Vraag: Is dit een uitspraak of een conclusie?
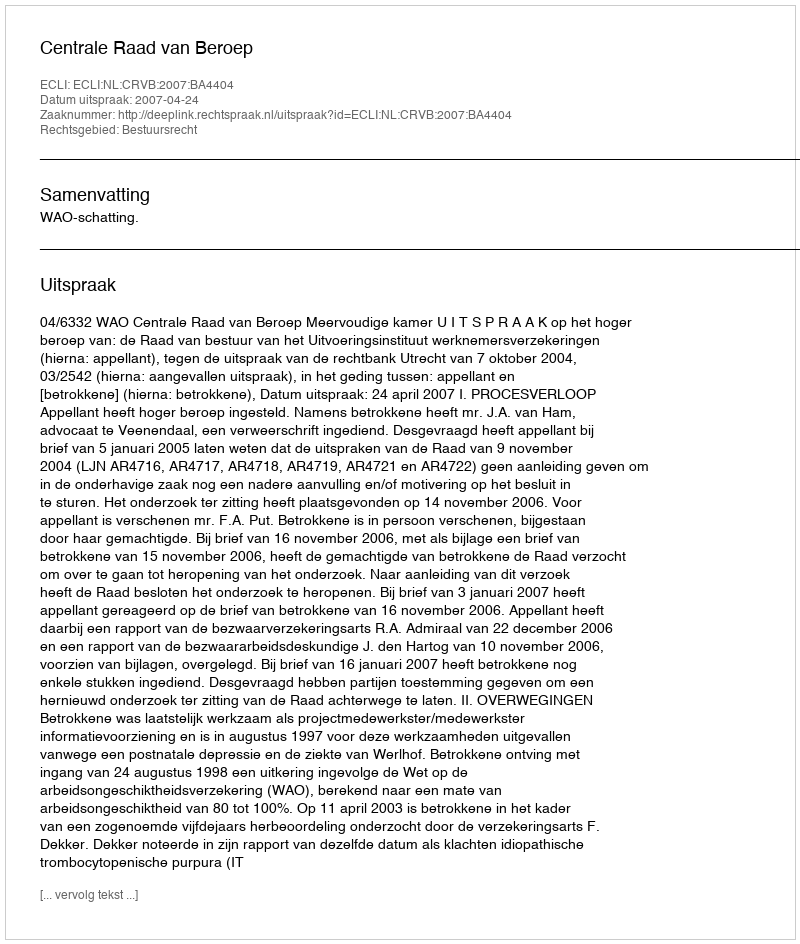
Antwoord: Uitspraak